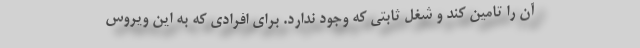
آن را تامین کند و شغل ثابتی که وجود ندارد. برای افرادی که به این ویروس